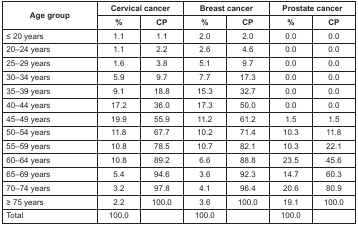
<table><thead><tr><td rowspan="2"><b>Age group</b></td><td colspan="2"><b>Cervical cancer</b></td><td colspan="2"><b>Breast cancer</b></td><td colspan="2"><b>Prostate cancer</b></td></tr><tr><td><b>%</b></td><td><b>CP</b></td><td><b>%</b></td><td><b>CP</b></td><td><b>%</b></td><td><b>CP</b></td></tr></thead><tbody><tr><td>≤ 20 years</td><td>1.1</td><td>1.1</td><td>2.0</td><td>2.0</td><td>0.0</td><td>0.0</td></tr><tr><td>20–24 years</td><td>1.1</td><td>2.2</td><td>2.6</td><td>4.6</td><td>0.0</td><td>0.0</td></tr><tr><td>25–29 years</td><td>1.6</td><td>3.8</td><td>5.1</td><td>9.7</td><td>0.0</td><td>0.0</td></tr><tr><td>30–34 years</td><td>5.9</td><td>9.7</td><td>7.7</td><td>17.3</td><td>0.0</td><td>0.0</td></tr><tr><td>35–39 years</td><td>9.1</td><td>18.8</td><td>15.3</td><td>32.7</td><td>0.0</td><td>0.0</td></tr><tr><td>40–44 years</td><td>17.2</td><td>36.0</td><td>17.3</td><td>50.0</td><td>0.0</td><td>0.0</td></tr><tr><td>45–49 years</td><td>19.9</td><td>55.9</td><td>11.2</td><td>61.2</td><td>1.5</td><td>1.5</td></tr><tr><td>50–54 years</td><td>11.8</td><td>67.7</td><td>10.2</td><td>71.4</td><td>10.3</td><td>11.8</td></tr><tr><td>55–59 years</td><td>10.8</td><td>78.5</td><td>10.7</td><td>82.1</td><td>10.3</td><td>22.1</td></tr><tr><td>60–64 years</td><td>10.8</td><td>89.2</td><td>6.6</td><td>88.8</td><td>23.5</td><td>45.6</td></tr><tr><td>65–69 years</td><td>5.4</td><td>94.6</td><td>3.6</td><td>92.3</td><td>14.7</td><td>60.3</td></tr><tr><td>70–74 years</td><td>3.2</td><td>97.8</td><td>4.1</td><td>96.4</td><td>20.6</td><td>80.9</td></tr><tr><td>≥ 75 years</td><td>2.2</td><td>100.0</td><td>3.6</td><td>100.0</td><td>19.1</td><td>100.0</td></tr><tr><td>Total</td><td>100.0</td><td></td><td>100.0</td><td></td><td>100.0</td><td></td></tr></tbody></table>